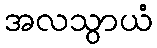
အလသွာယံ